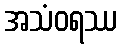
အသံဝရဿ